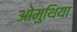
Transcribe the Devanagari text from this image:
ओमुथिया